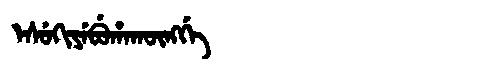
Manchu: ᡝᠰᡠᡴᡳᠶᡝᠪᡠᡥᠠᡴᡡᠩᡤᡝ
Romanization: ESUKIYEBUHAKŪNGGE